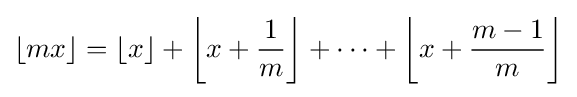
\lfloor mx\rfloor =\left\lfloor x\right\rfloor +\left\lfloor x+{\frac {1}{m}}\right\rfloor +\dots +\left\lfloor x+{\frac {m-1}{m}}\right\rfloor